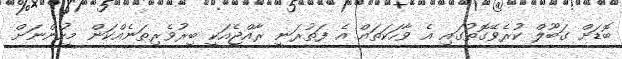
ބޮޑަށް ގަބޫލް ކުރެވޭގޮތުގައި އެ ވާހަކަތައް އެ ފަތުރަނީ ރާއްޖެއަކީ ބިރުވެރިތަނެއްކަން މީހުންނަށް